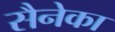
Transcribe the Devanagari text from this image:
सैनेका